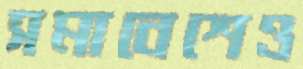
সমাবেশেও